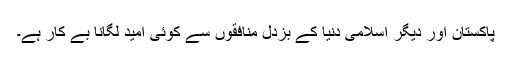
پاکستان اور دیگر اسلامی دنیا کے بزدل منافقوں سے کوئی امید لگانا بے کار ہے۔